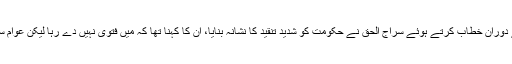
رپورٹ کے مطابق راولپنڈی سے ایک جلسے کے دوران خطاب کرتے ہوئے سراج الحق نے حکومت کو شدید تنقید کا نشانہ بنایا، ان کا کہنا تھا کہ میں فتویٰ نہیں دے رہا لیکن عوام سے پوچھتا ہوں کہ یہ حکومت الیکٹڈ ہے یا سلیکٹڈ؟